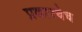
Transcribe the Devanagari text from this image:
प्रकारचेच